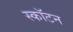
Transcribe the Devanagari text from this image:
स्कॉटन